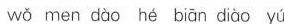
wǒ men dào hé biān diào yú